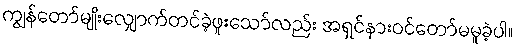
ကျွန်တော်မျိုးလျှောက်တင်ခဲ့ဖူးသော်လည်း အရှင်နားဝင်တော်မမူခဲ့ပါ။